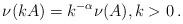
LaTeX: \begin{align*}\nu(kA) = k^{-\alpha}\nu(A), k>0\,.\end{align*}